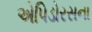
એપિડોરસના